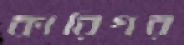
কারিগর